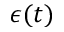
\epsilon ( t )